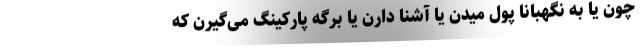
چون یا به نگهبانا پول میدن یا آشنا دارن یا برگه پارکینگ می‌گیرن که